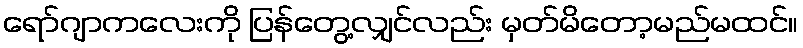
ရော်ဂျာကလေးကို ပြန်တွေ့လျှင်လည်း မှတ်မိတော့မည်မထင်။